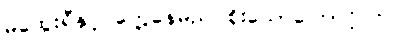
မထွေးရီနှင့် တွေ့နေမည် စိုးသောကြောင့်ပင်။